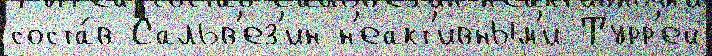
соста́в Сальв'ез'ин н'еакт'ивным'и Турр'ей